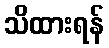
သိထားရန်